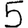
Digit: 5